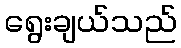
ရွေးချယ်သည်